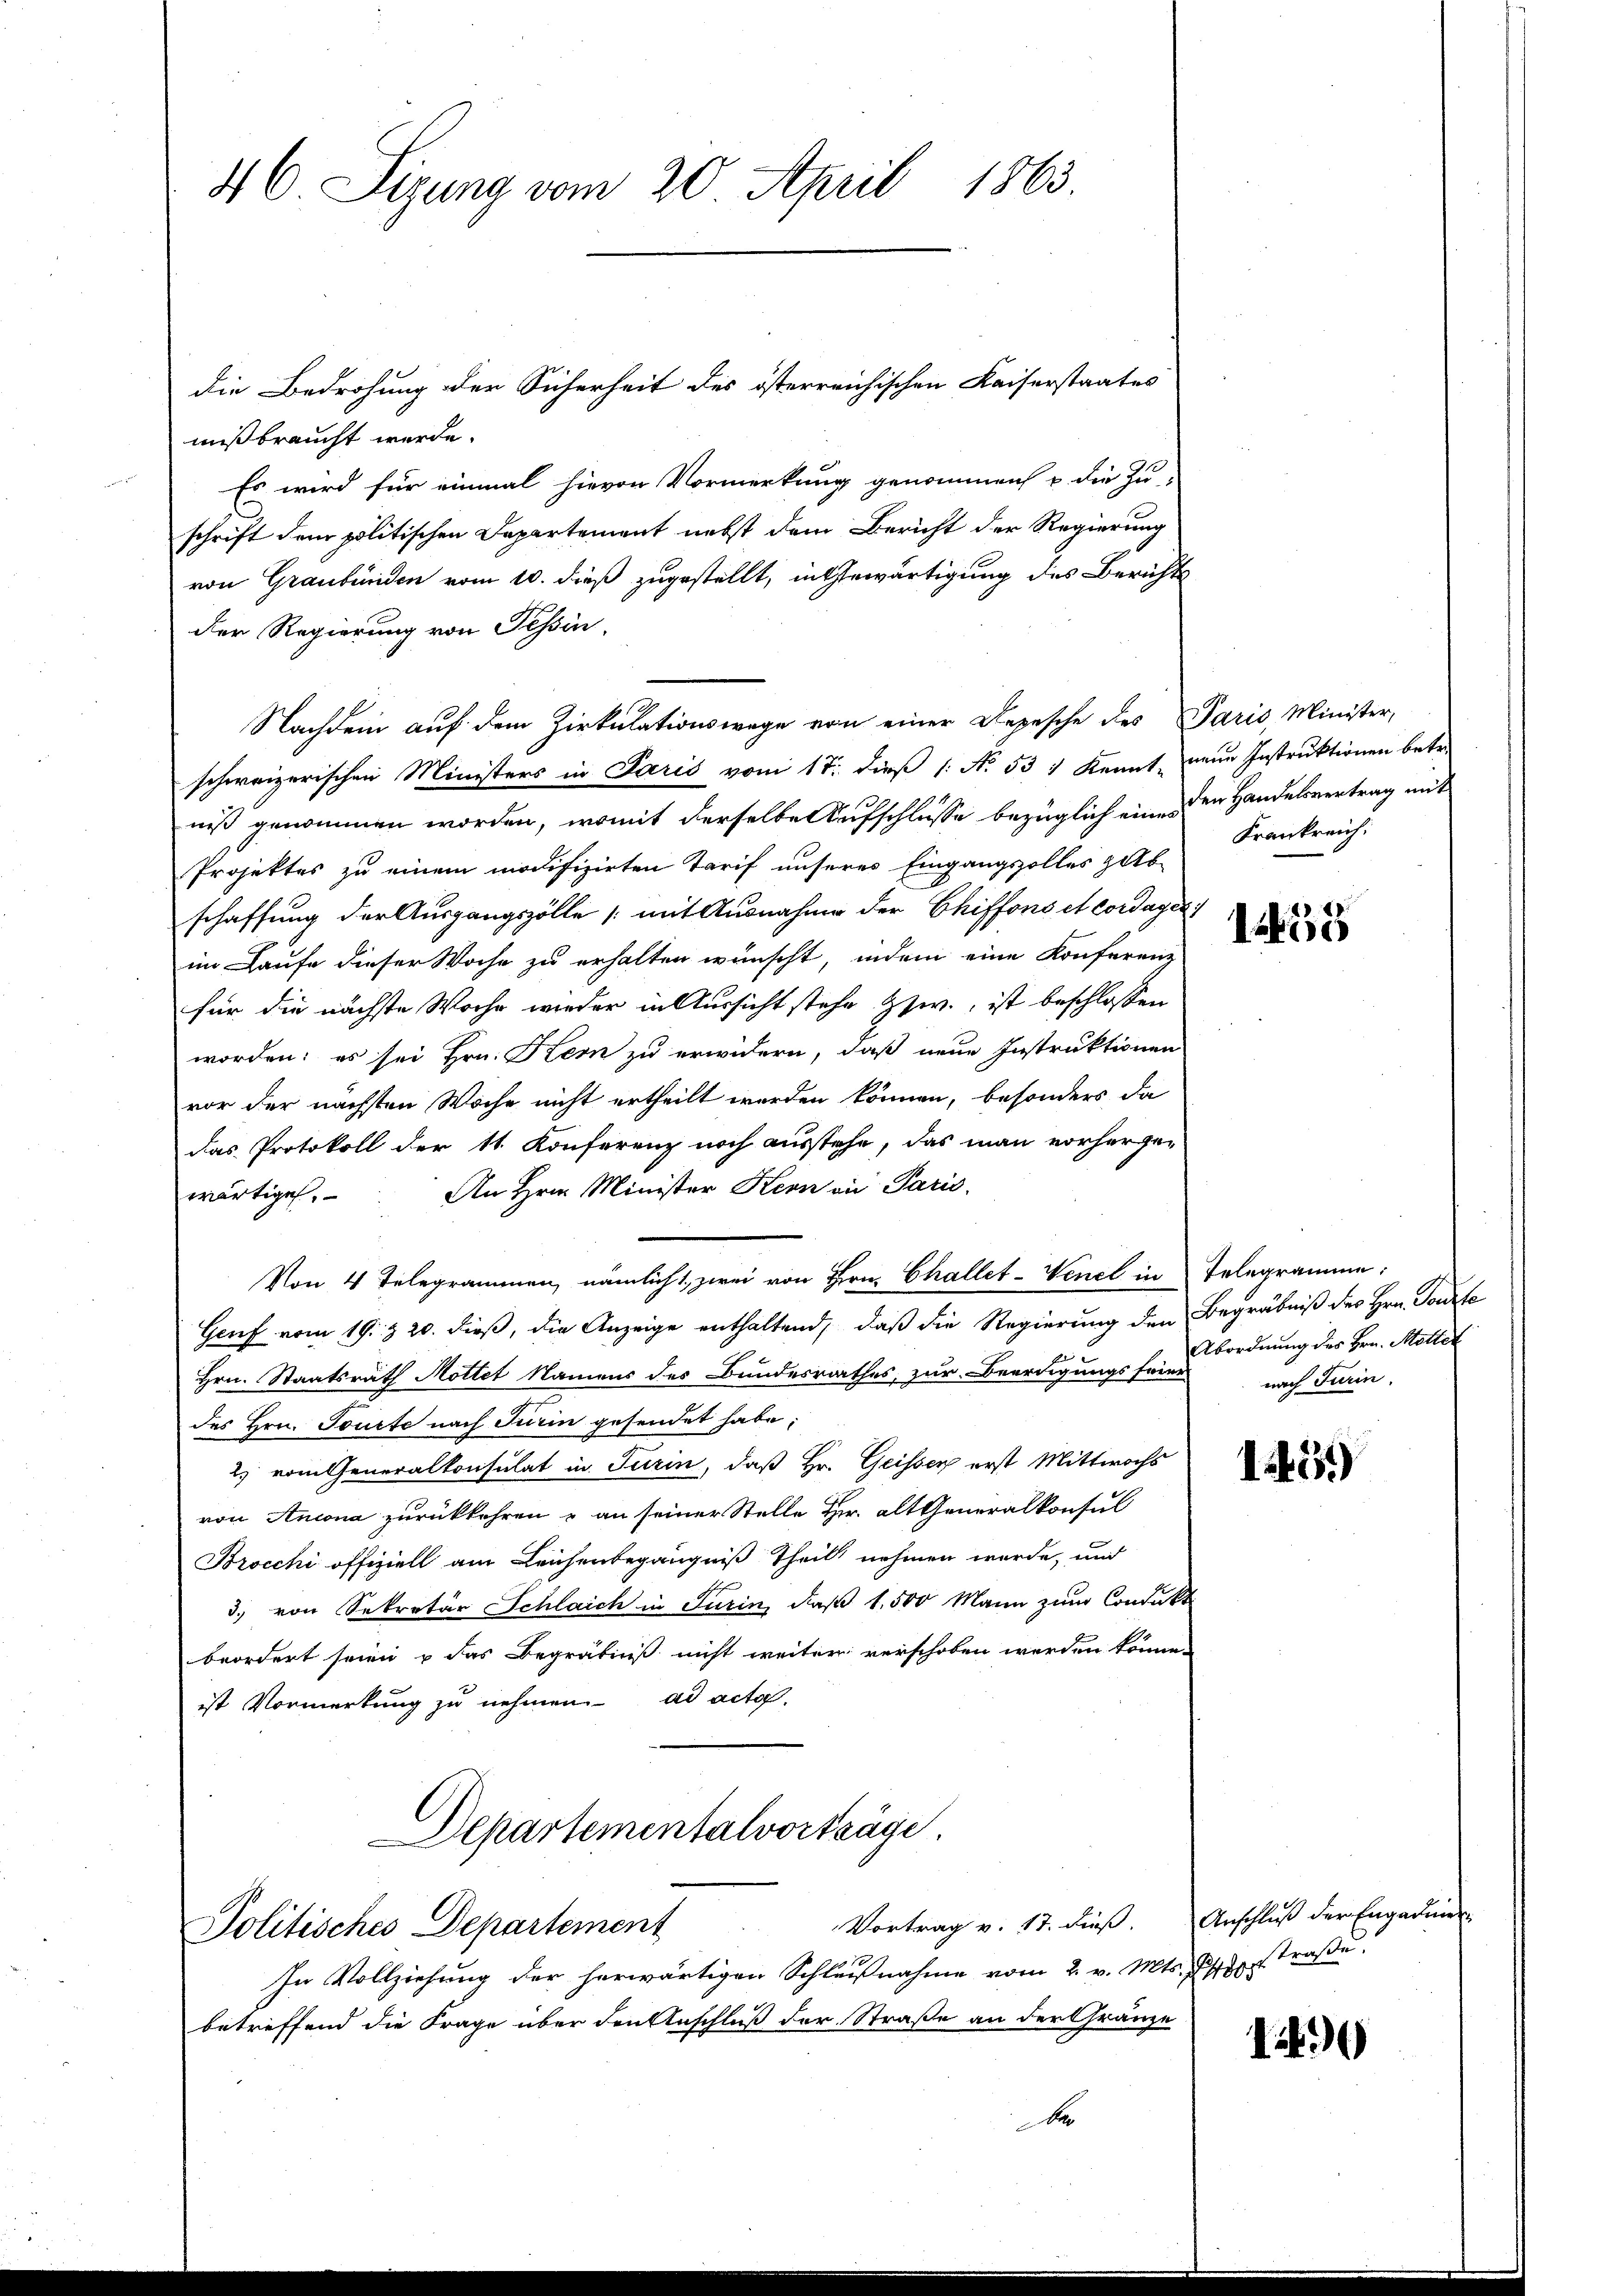
die Bedrohung der Sicherheit des österreichischen Kaiserstaates
mißbraucht werde.
Es wird für einmal hievon Vormerkung genommen u die Zu-
schrift dem politischen Departement nebst dem Bericht der Regierung
von Graubünden vom 10. dieß zugestellt, in Gewärtigung des Berichts
Der Regierung von Tessin,
Nachdem auf dem Zirkulationswage von einer Depesche des Paris Minister,
schweizerischen Ministers in Paris vom 17. dieß 1: No 537 kannt, neue Instruktionen betr.
niß genommen worden, womit derselbe Aufschlüsse bezüglich eine der Handelsvertrag mit
Projektes zu einem modifizirten Tarif unseres Eingangsolles gab
schaffung der Ausgangszölle (mit Ausnahme der Chiffons et cordayer
im Laufe dieser Woche zu erhalten wünscht, indem eine Konferene
für die nächste Woche wieder in Aussicht stehe Zzw., ist beschlossen
worden; es sei Hrn. Kern zu erwidern, daß neue Instruktionen
vor der nächsten Woche nicht ertheilt werden können, besonders da
das Protokoll der 11. Konferenz noch ausstehe, das man vorherge-
wärtigen. An Hrn. Minister Kern in Paris
Von 4 Telegrammen, nämlicht, zwei von Hrn. Challet-Venet in Telegramme:
Genf vom 19. § 20. dieß, die Anzeige enthaltend, daß die Regierung den Begräbniß des Hrn. Tourfe
u
Hrn. Staatsrath Mottet Namens des Bundesrathes, zur Beerdigungs seien nach Turin,
des Hrn. Toute nach Turin gesendet habe;
2) vom Generalkonsulat in Turin, daß Hr. Geisser erst Mittwochs
von Ancona zurückkehren & an seiner Stelle Hr. alt Generalkonsul
Brocchi offiziell am Leichenbegängniß theil nehmen werde, und
3. von Sekretär Schlaich in Turin, daß 1,500 Mann zum Condukt
beordert seien & das Begräbniß nicht weiter verschoben werden könne.
ist Vormerkung zu nehmen ad acta
Departementalvorträge.

46 Sizung vom 20. April 1863.

Vortrag v. 17. dieß.
Politisches Departement

In Vollziehung der herwärtigen Schlußnahme vom 2. v. Mts. Ist straße.
betreffend die Frage über den Anschluß der Straße an der Gränze
A

Krankreich:

1455

Abordnung der Hrn. Motter

1459

Anschluß der Engadine¬

1